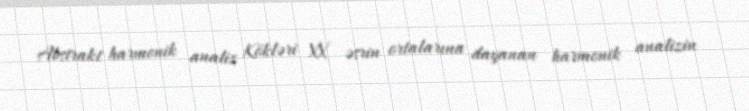
Abstrakt harmonik analiz Kökləri XX əsrin ortalarına dayanan harmonik analizin